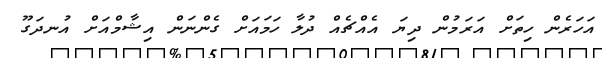
އަހަރެން ހިތަށް އަރަމުން ދިޔަ އެއްޗެއް ދުލާ ހަމައަށް ގެންނަން އިޝާމްއަށް އުނދަގޫ